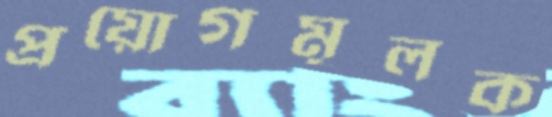
প্রয়োগমূলক